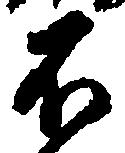
不